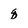
Character: q